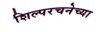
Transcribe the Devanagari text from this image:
शिल्परचनेच्या